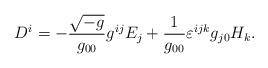
LaTeX: \begin{align*} D^{i} = - \frac{\sqrt{-g}}{g_{0 0}} g^{i j} E_{j} + \frac{1}{g_{0 0}} \varepsilon^{i j k} g_{j 0} H_{k}.\end{align*}